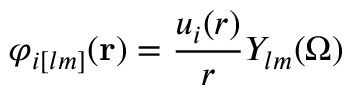
\varphi _ { i [ l m ] } ( \mathbf { r } ) = \frac { u _ { i } ( r ) } { r } Y _ { l m } ( \Omega )